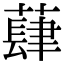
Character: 蕼